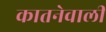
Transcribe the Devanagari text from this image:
कातनेवाली